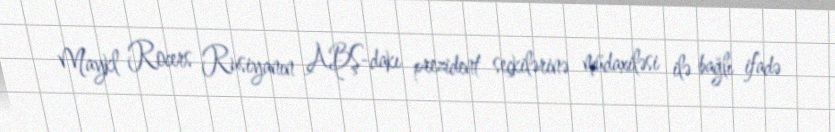
Maykl Rocers Rusiyanın ABŞ-dakı prezident seçkilərinə müdaxiləsi ilə bağlı ifadə